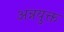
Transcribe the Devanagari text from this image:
अन्नयुक्त